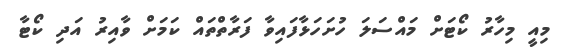
މިއީ މިހާރު ކޯޓަށް މައްސަލަ ހުށަހަޅާފައިވާ ފަރާތްތައް ކަމަށް ވާއިރު އަދި ކޯޓާ